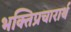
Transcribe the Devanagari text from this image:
भक्तिप्रचारार्थ